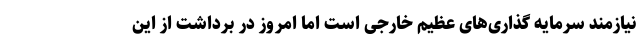
نیازمند سرمایه گذاری‌های عظیم خارجی است اما امروز در برداشت از این